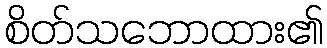
စိတ်သဘောထား၏